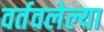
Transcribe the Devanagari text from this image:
वर्तवलेल्या